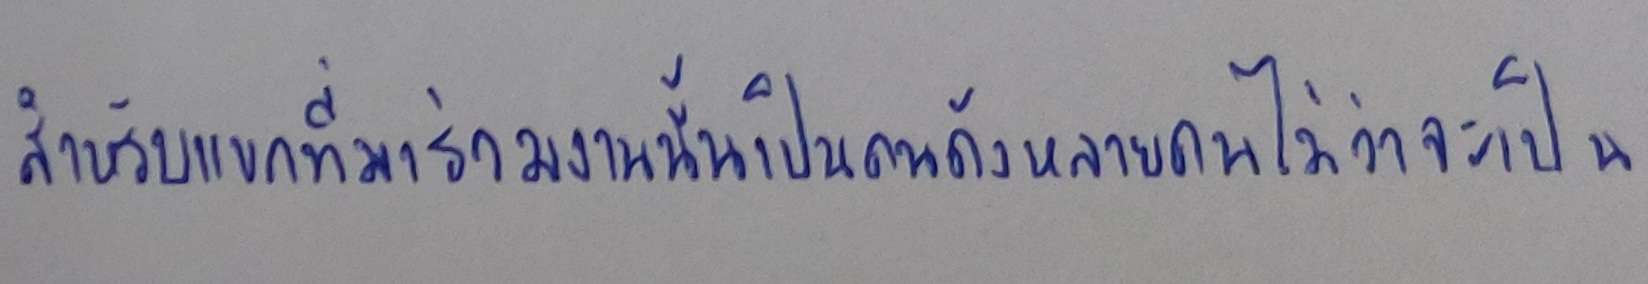
สำหรับแขกที่มาร่วมงานนั้นเป็นคนดังหลายคนไม่ว่าจะเป็น